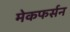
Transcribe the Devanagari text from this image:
मेकफर्सन